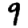
Digit: 9